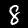
Digit: 8